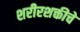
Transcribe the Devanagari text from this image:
शरीरशक्तीचे